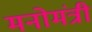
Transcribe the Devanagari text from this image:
मनोमंत्री